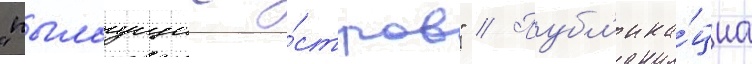
"пылаущии о́стров" // Публ'ика́циа